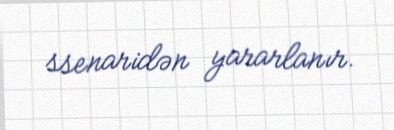
ssenaridən yararlanır.